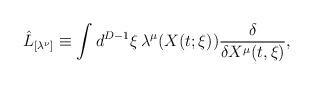
LaTeX: \begin{align*}\hat{L}_{[\lambda^{\nu}]} \equiv \int d^{D-1} \xi \, \lambda^{\mu}(X(t; \xi))\frac{\delta}{\delta X^{\mu}(t, \xi)}, \end{align*}